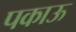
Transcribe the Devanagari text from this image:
पकाऊ